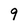
Character: 9